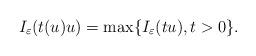
LaTeX: \begin{align*}I_\varepsilon(t(u)u)=\max \{I_\varepsilon(tu), t>0\}.\end{align*}